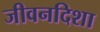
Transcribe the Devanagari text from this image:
जीवनदिशा